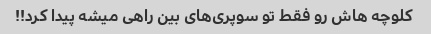
کلوچه هاش رو فقط تو سوپری‌های بین راهی میشه پیدا کرد!!